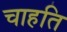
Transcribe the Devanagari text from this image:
चाहति